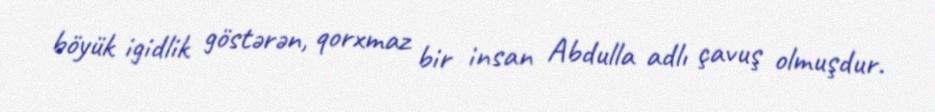
böyük igidlik göstərən, qorxmaz bir insan Abdulla adlı çavuş olmuşdur.